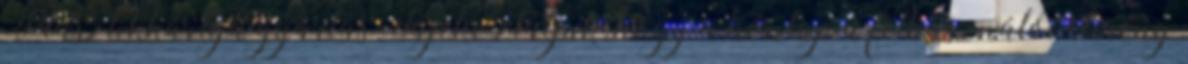
Plasztikkártya gyártás Tájékoztatjuk, hogy a honlap a felhasználói élmény